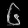
Digit: ၆